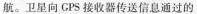
航。卫星向GPS接收器传送信息通过的